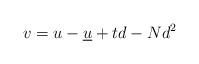
LaTeX: \begin{align*}v=u-\underline{u} +td-Nd^2\end{align*}